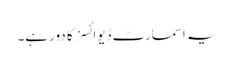
یہ اسمارٹ ڈیوائسز کا دور ہے۔